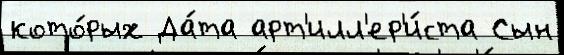
кото́рых Да́та арт'илл'ер'и́ста Сын